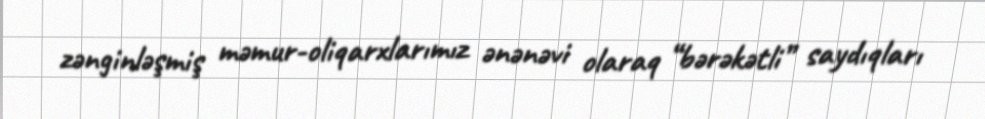
zənginləşmiş məmur-oliqarxlarımız ənənəvi olaraq “bərəkətli” saydıqları